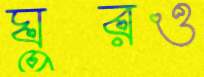
ঘুরও